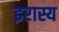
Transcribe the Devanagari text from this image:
इरास्य